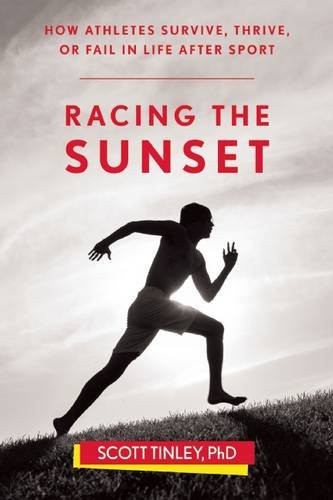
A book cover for Racing the Sunset: How Athletes Survive, Thrive, or Fail in Life After Sport; Scott Tinley; Health, Fitness & Dieting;